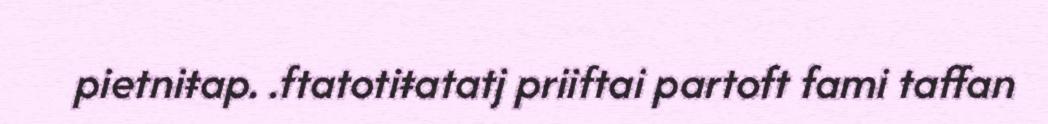
pietniŧap. .ftatotiŧatatj priiftai partoft fami taffan